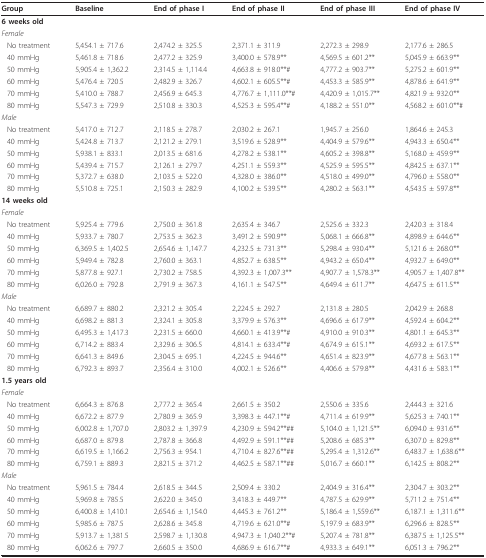
<table><thead><tr><td><b>Group</b></td><td><b>Baseline</b></td><td><b>End of phase I</b></td><td><b>End of phase II</b></td><td><b>End of phase III</b></td><td><b>End of phase IV</b></td></tr></thead><tbody><tr><td><b>6 weeks old</b></td><td></td><td></td><td></td><td></td><td></td></tr><tr><td><i>Female</i></td><td></td><td></td><td></td><td></td><td></td></tr><tr><td>No treatment</td><td>5,454.1 ± 717.6</td><td>2,474.2 ± 325.5</td><td>2,371.1 ± 311.9</td><td>2,272.3 ± 298.9</td><td>2,177.6 ± 286.5</td></tr><tr><td>40 mmHg</td><td>5,461.8 ± 718.6</td><td>2,477.2 ± 325.9</td><td>3,400.0 ± 578.9**</td><td>4,569.5 ± 601.2**</td><td>5,045.9 ± 663.9**</td></tr><tr><td>50 mmHg</td><td>5,905.4 ± 1,362.2</td><td>2,314.5 ± 1,114.4</td><td>4,663.8 ± 918.0**#</td><td>4,777.2 ± 903.7**</td><td>5,275.2 ± 601.9**</td></tr><tr><td>60 mmHg</td><td>5,476.4 ± 720.5</td><td>2,482.9 ± 326.7</td><td>4,602.1 ± 605.5**#</td><td>4,453.3 ± 585.9**</td><td>4,878.6 ± 641.9**</td></tr><tr><td>70 mmHg</td><td>5,410.0 ± 788.7</td><td>2,456.9 ± 645.3</td><td>4,776.7 ± 1,111.0**#</td><td>4,420.9 ± 1,015.7**</td><td>4,821.9 ± 932.0**</td></tr><tr><td>80 mmHg</td><td>5,547.3 ± 729.9</td><td>2,510.8 ± 330.3</td><td>4,525.3 ± 595.4**#</td><td>4,188.2 ± 551.0**</td><td>4,568.2 ± 601.0**#</td></tr><tr><td><i>Male</i></td><td></td><td></td><td></td><td></td><td></td></tr><tr><td>No treatment</td><td>5,417.0 ± 712.7</td><td>2,118.5 ± 278.7</td><td>2,030.2 ± 267.1</td><td>1,945.7 ± 256.0</td><td>1,864.6 ± 245.3</td></tr><tr><td>40 mmHg</td><td>5,424.8 ± 713.7</td><td>2,121.2 ± 279.1</td><td>3,519.6 ± 528.9**</td><td>4,404.9 ± 579.6**</td><td>4,943.3 ± 650.4**</td></tr><tr><td>50 mmHg</td><td>5,938.1 ± 833.1</td><td>2,013.5 ± 681.6</td><td>4,278.2 ± 538.1**</td><td>4,605.2 ± 398.8**</td><td>5,168.0 ± 459.9**</td></tr><tr><td>60 mmHg</td><td>5,439.4 ± 715.7</td><td>2,126.1 ± 279.7</td><td>4,251.1 ± 559.3**</td><td>4,525.9 ± 595.5**</td><td>4,842.5 ± 637.1**</td></tr><tr><td>70 mmHg</td><td>5,372.7 ± 638.0</td><td>2,103.5 ± 522.0</td><td>4,328.0 ± 386.0**</td><td>4,518.0 ± 499.0**</td><td>4,796.0 ± 558.0**</td></tr><tr><td>80 mmHg</td><td>5,510.8 ± 725.1</td><td>2,150.3 ± 282.9</td><td>4,100.2 ± 539.5**</td><td>4,280.2 ± 563.1**</td><td>4,543.5 ± 597.8**</td></tr><tr><td><b>14 weeks old</b></td><td></td><td></td><td></td><td></td><td></td></tr><tr><td><i>Female</i></td><td></td><td></td><td></td><td></td><td></td></tr><tr><td>No treatment</td><td>5,925.4 ± 779.6</td><td>2,750.0 ± 361.8</td><td>2,635.4 ± 346.7</td><td>2,525.6 ± 332.3</td><td>2,420.3 ± 318.4</td></tr><tr><td>40 mmHg</td><td>5,933.7 ± 780.7</td><td>2,753.5 ± 362.3</td><td>3,491.2 ± 590.9**</td><td>5,068.1 ± 666.8**</td><td>4,898.9 ± 644.6**</td></tr><tr><td>50 mmHg</td><td>6,369.5 ± 1,402.5</td><td>2,654.6 ± 1,147.7</td><td>4,232.5 ± 731.3**</td><td>5,298.4 ± 930.4**</td><td>5,121.6 ± 268.0**</td></tr><tr><td>60 mmHg</td><td>5,949.4 ± 782.8</td><td>2,760.0 ± 363.1</td><td>4,852.7 ± 638.5**</td><td>4,943.2 ± 650.4**</td><td>4,932.7 ± 649.0**</td></tr><tr><td>70 mmHg</td><td>5,877.8 ± 927.1</td><td>2,730.2 ± 758.5</td><td>4,392.3 ± 1,007.3**</td><td>4,907.7 ± 1,578.3**</td><td>4,905.7 ± 1,407.8**</td></tr><tr><td>80 mmHg</td><td>6,026.0 ± 792.8</td><td>2,791.9 ± 367.3</td><td>4,161.1 ± 547.5**</td><td>4,649.4 ± 611.7**</td><td>4,647.5 ± 611.5**</td></tr><tr><td><i>Male</i></td><td></td><td></td><td></td><td></td><td></td></tr><tr><td>No treatment</td><td>6,689.7 ± 880.2</td><td>2,321.2 ± 305.4</td><td>2,224.5 ± 292.7</td><td>2,131.8 ± 280.5</td><td>2,042.9 ± 268.8</td></tr><tr><td>40 mmHg</td><td>6,698.2 ± 881.3</td><td>2,324.1 ± 305.8</td><td>3,379.9 ± 576.3**</td><td>4,696.6 ± 617.9**</td><td>4,592.4 ± 604.2**</td></tr><tr><td>50 mmHg</td><td>6,495.3 ± 1,417.3</td><td>2,231.5 ± 660.0</td><td>4,660.1 ± 413.9**#</td><td>4,910.0 ± 910.3**</td><td>4,801.1 ± 645.3**</td></tr><tr><td>60 mmHg</td><td>6,714.2 ± 883.4</td><td>2,329.6 ± 306.5</td><td>4,814.1 ± 633.4**#</td><td>4,674.9 ± 615.1**</td><td>4,693.2 ± 617.5**</td></tr><tr><td>70 mmHg</td><td>6,641.3 ± 849.6</td><td>2,304.5 ± 695.1</td><td>4,224.5 ± 944.6**</td><td>4,651.4 ± 823.9**</td><td>4,677.8 ± 563.1**</td></tr><tr><td>80 mmHg</td><td>6,792.3 ± 893.7</td><td>2,356.4 ± 310.0</td><td>4,002.1 ± 526.6**</td><td>4,406.6 ± 579.8**</td><td>4,431.6 ± 583.1**</td></tr><tr><td><b>1.5 years old</b></td><td></td><td></td><td></td><td></td><td></td></tr><tr><td><i>Female</i></td><td></td><td></td><td></td><td></td><td></td></tr><tr><td>No treatment</td><td>6,664.3 ± 876.8</td><td>2,777.2 ± 365.4</td><td>2,661.5 ± 350.2</td><td>2,550.6 ± 335.6</td><td>2,444.3 ± 321.6</td></tr><tr><td>40 mmHg</td><td>6,672.2 ± 877.9</td><td>2,780.9 ± 365.9</td><td>3,398.3 ± 447.1**#</td><td>4,711.4 ± 619.9**</td><td>5,625.3 ± 740.1**</td></tr><tr><td>50 mmHg</td><td>6,002.8 ± 1,707.0</td><td>2,803.2 ± 1,397.9</td><td>4,230.9 ± 594.2**##</td><td>5,104.0 ± 1,121.5**</td><td>6,094.0 ± 931.6**</td></tr><tr><td>60 mmHg</td><td>6,687.0 ± 879.8</td><td>2,787.8 ± 366.8</td><td>4,492.9 ± 591.1**##</td><td>5,208.6 ± 685.3**</td><td>6,307.0 ± 829.8**</td></tr><tr><td>70 mmHg</td><td>6,619.5 ± 1,166.2</td><td>2,756.3 ± 954.1</td><td>4,710.4 ± 827.6**##</td><td>5,295.4 ± 1,312.6**</td><td>6,483.7 ± 1,638.6**</td></tr><tr><td>80 mmHg</td><td>6,759.1 ± 889.3</td><td>2,821.5 ± 371.2</td><td>4,462.5 ± 587.1**##</td><td>5,016.7 ± 660.1**</td><td>6,142.5 ± 808.2**</td></tr><tr><td><i>Male</i></td><td></td><td></td><td></td><td></td><td></td></tr><tr><td>No treatment</td><td>5,961.5 ± 784.4</td><td>2,618.5 ± 344.5</td><td>2,509.4 ± 330.2</td><td>2,404.9 ± 316.4**</td><td>2,304.7 ± 303.2**</td></tr><tr><td>40 mmHg</td><td>5,969.8 ± 785.5</td><td>2,622.0 ± 345.0</td><td>3,418.3 ± 449.7**</td><td>4,787.5 ± 629.9**</td><td>5,711.2 ± 751.4**</td></tr><tr><td>50 mmHg</td><td>6,400.8 ± 1,410.1</td><td>2,654.6 ± 1,154.0</td><td>4,445.3 ± 761.2**</td><td>5,186.4 ± 1,559.6**</td><td>6,187.1 ± 1,311.6**</td></tr><tr><td>60 mmHg</td><td>5,985.6 ± 787.5</td><td>2,628.6 ± 345.8</td><td>4,719.6 ± 621.0**#</td><td>5,197.9 ± 683.9**</td><td>6,296.6 ± 828.5**</td></tr><tr><td>70 mmHg</td><td>5,913.7 ± 1,381.5</td><td>2,598.7 ± 1,130.8</td><td>4,947.3 ± 1,040.2**#</td><td>5,207.4 ± 781.8**</td><td>6,387.5 ± 1,125.5**</td></tr><tr><td>80 mmHg</td><td>6,062.6 ± 797.7</td><td>2,660.5 ± 350.0</td><td>4,686.9 ± 616.7**#</td><td>4,933.3 ± 649.1**</td><td>6,051.3 ± 796.2**</td></tr></tbody></table>